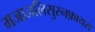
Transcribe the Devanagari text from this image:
मजाजलिसुस्नफ़ायस